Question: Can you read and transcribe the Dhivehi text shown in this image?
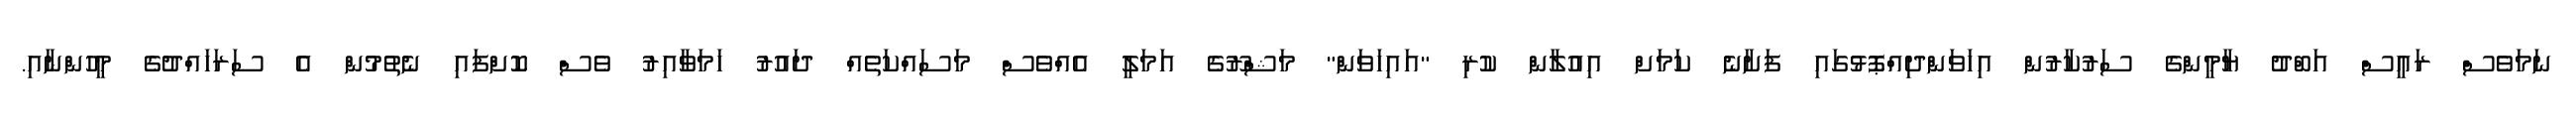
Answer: ނަމަވެސް ރައީސް އަބްދު ޔާމީންގެ ސަރުކާރުން އިހަވަންދިއްޕޮޅުގައި ފަށާނެ ކަމަށް އިއުލާން ކުރި "އައިހަވަން" މަޝްރޫގެ އަމަލީ އެއްވެސް މަސައްކަތެއް ދައުރު ހަމަވާއިރު ވެސް ކޮށްފައި ނެތުމުން އެ ސަރަހައްދުގެ މީހުންނާއި.